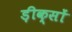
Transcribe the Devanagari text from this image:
ड़ीक्सों